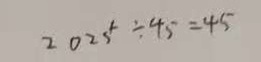
2 0 2 5 ^ { 1 } \div 4 5 = 4 5